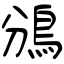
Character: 鳻